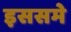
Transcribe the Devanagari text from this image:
इससमे